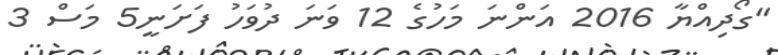
"ގޯދިއްޔާ 2016 އަންނަ މަހުގެ 12 ވަނަ ދުވަހު ފަށަނީ5 މަސް 3